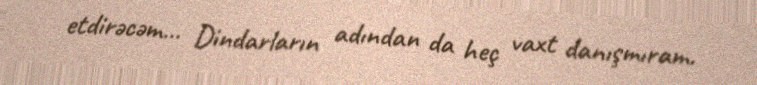
etdirəcəm… Dindarların adından da heç vaxt danışmıram.